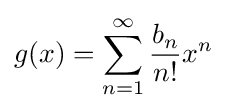
g(x)=\sum _{n=1}^{\infty }{b_{n} \over n!}x^{n}